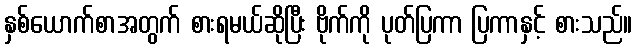
နှစ်ယောက်စာအတွက် စားရမယ်ဆိုပြီး ဗိုက်ကို ပုတ်ပြကာ ပြကာနှင့် စားသည်။